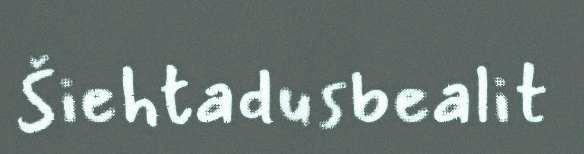
Šiehtadusbealit